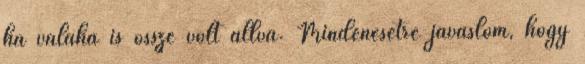
ha valaha is össze volt állva. Mindenesetre javaslom, hogy